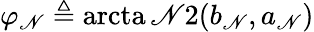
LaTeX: \varphi_{\mathscr{N}}\triangleq\operatorname{arcta\mathscr{N}2}(b_{\mathscr{N}},a_{\mathscr{N}})